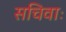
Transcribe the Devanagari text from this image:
सचिवाः